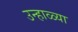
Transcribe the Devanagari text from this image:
उन्हाळ्या